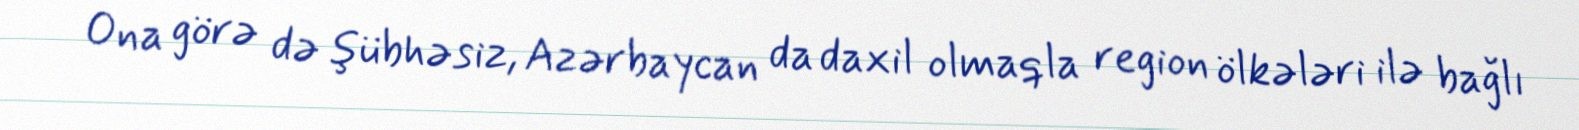
Ona görə də şübhəsiz, Azərbaycan da daxil olmaqla region ölkələri ilə bağlı